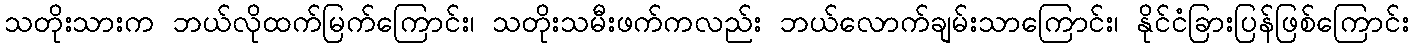
သတိုးသားက ဘယ်လိုထက်မြက်ကြောင်း၊ သတိုးသမီးဖက်ကလည်း ဘယ်လောက်ချမ်းသာကြောင်း၊ နိုင်ငံခြားပြန်ဖြစ်ကြောင်း